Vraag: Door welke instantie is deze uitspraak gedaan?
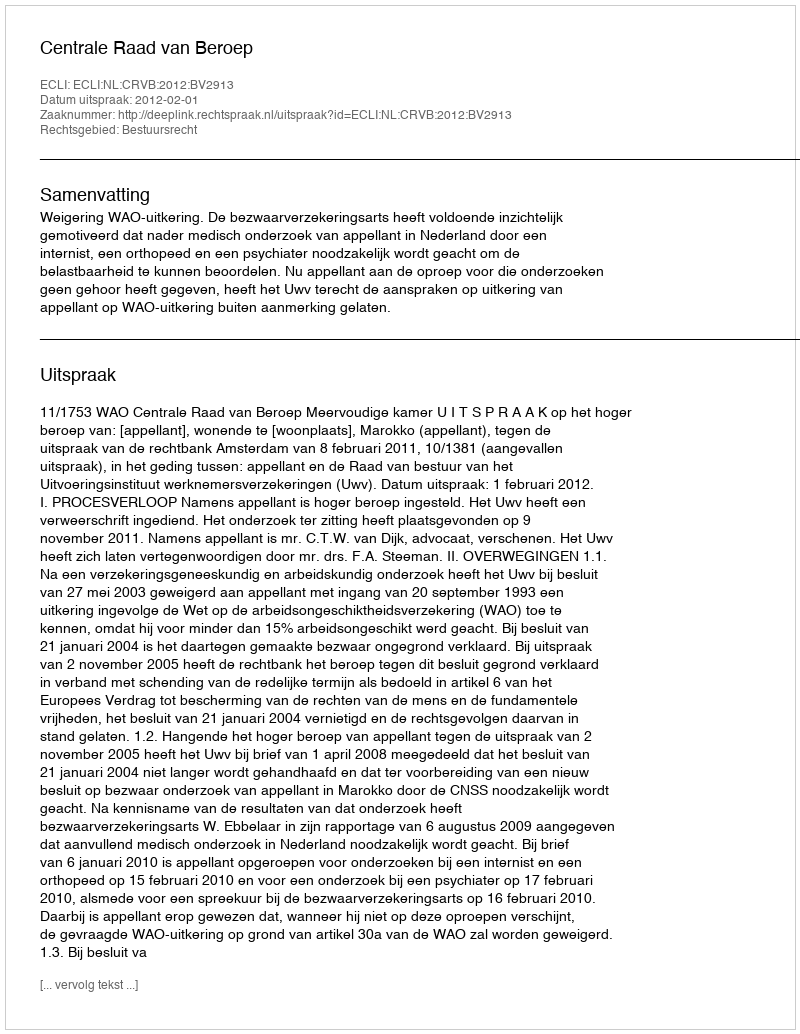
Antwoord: Centrale Raad van Beroep